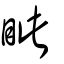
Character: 眦